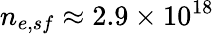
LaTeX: n_{e,sf}\approx 2.9\times 10^{18}